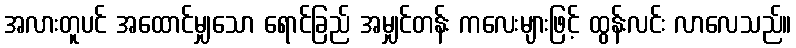
အလားတူပင် အထောင်မျှသော ရောင်ခြည် အမျှင်တန်း ကလေးများဖြင့် ထွန်းလင်း လာလေသည်။